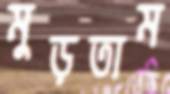
মুড়তাম